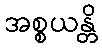
အစ္စယန္တိ